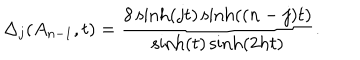
\Delta _ { j } ( A _ { n - 1 } , t ) = \frac { 8 \sinh \left( j t \right) \sinh ( ( n - j ) t ) } { \sinh ( t ) \sinh ( 2 h t ) } .